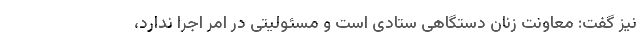
نیز گفت: معاونت زنان دستگاهی ستادی است و مسئولیتی در امر اجرا ندارد،